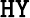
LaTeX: \texttt{HY}